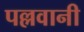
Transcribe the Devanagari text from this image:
पल्लवानी